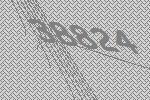
38824